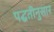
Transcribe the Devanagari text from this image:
पद्घतीनुसार